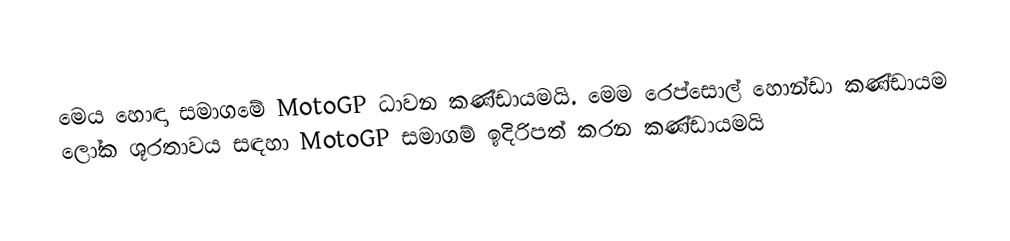
මෙය හොඳා සමාගමේ MotoGP ධාවන කණ්ඩායමයි. මෙම රෙප්සොල් හොන්ඩා කණ්ඩායම ලෝක ශූරතාවය සඳහා MotoGP සමාගම් ඉදිරිපත් කරන කණ්ඩායමයි